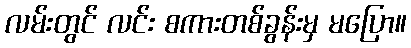
လမ်းတွင် လင်း စကားတစ်ခွန်းမှ မပြော။